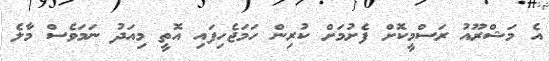
އެ މަޝްރޫއު ރަސްމީކޮށް ފެށުމަށް ކުރިން ހަމަޖެހިފައި އޮތީ މިއަދު ނަމަވެސް މާލެ